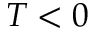
T < 0